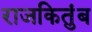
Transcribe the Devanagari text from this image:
राजकितुंब